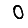
Digit: 0